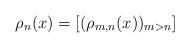
LaTeX: \begin{align*} \rho_n(x)=[(\rho_{m,n}(x))_{m>n}]\end{align*}